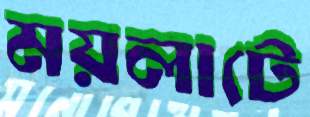
ময়লাটে